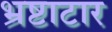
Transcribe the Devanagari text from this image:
भ्रष्टाटार